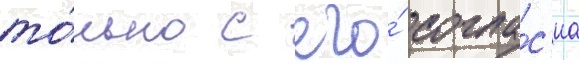
то́лько с его́ согла́с'иа